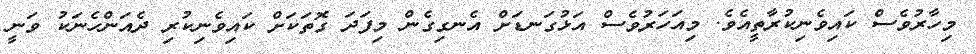
މިހާރުވެސް ކައިވެނިކުރާތީއެވެ. މިއަހަރުވެސް އަޅުގަނޑަށް އެނގިގެން މިފަދަ ގޮތަކަށް ކައިވެނިކުރި ދެއަންހެނަކު ވަނީ